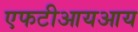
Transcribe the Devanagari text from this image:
एफटीआयआय